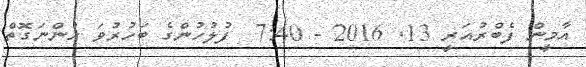
އާމީން ފެބްރުއަރީ 13